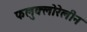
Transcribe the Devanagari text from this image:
फलुक्‍लोरेलीन